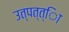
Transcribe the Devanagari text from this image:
उत्पत्त्िा